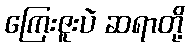
ကြေးဇူးပဲ ဆရာတို့